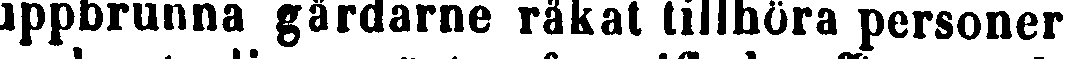
uppbrunna gårdarne råkat tillhöra personer